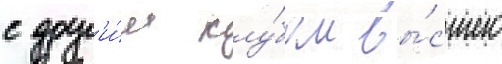
с друг'и́м клу́бом вы́сшего